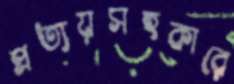
প্রত্যয়সহকারে